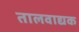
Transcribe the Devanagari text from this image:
तालवाद्यक